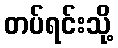
တပ်ရင်းသို့